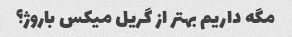
مگه داریم بهتر از گریل میکس باروژ؟